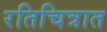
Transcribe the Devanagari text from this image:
रतिचित्रात